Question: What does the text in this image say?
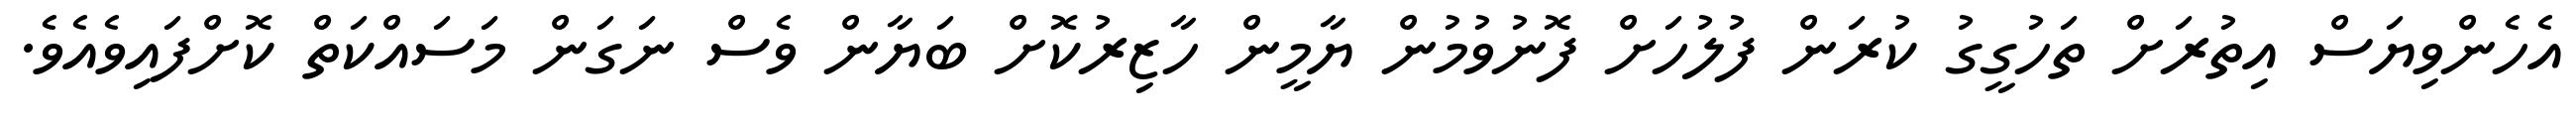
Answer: އެހެންވިޔަސް އިތުރަށް ތަހުގީގު ކުރަން ފުލުހަށް ފޮނުވުމުން ޔާމީން ހާޒިރުކޮށް ބަޔާން ވެސް ނަގަން މަސައްކަތް ކޮށްފައިވެއެވެ.